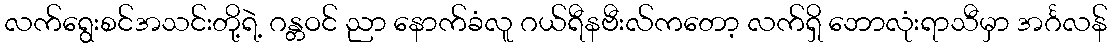
လက်ရွေးစင်အသင်းတို့ရဲ့ ဂန္တဝင် ညာ နောက်ခံလူ ဂယ်ရီနဗီးလ်ကတော့ လက်ရှိ ဘောလုံးရာသီမှာ အင်္ဂလန်